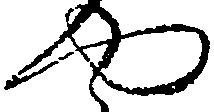
や